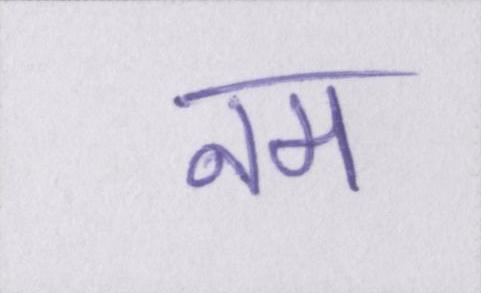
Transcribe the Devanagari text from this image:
नम